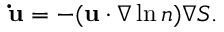
\mathbf { \dot { u } } = - ( \mathbf { u } \cdot \nabla \ln n ) \nabla S .